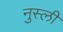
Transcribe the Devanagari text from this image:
नुस्ली